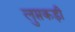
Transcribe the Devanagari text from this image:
लुप्तकड़ी